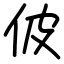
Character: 佊